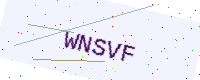
Text: WNSVF